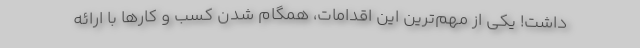
داشت! یکی از مهم‌ترین این اقدامات، همگام شدن کسب و کارها با ارائه